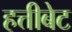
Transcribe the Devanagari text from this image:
हत्तीबेट